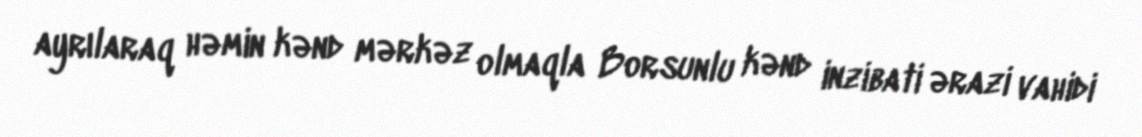
ayrılaraq həmin kənd mərkəz olmaqla Borsunlu kənd inzibati ərazi vahidi